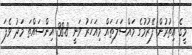
މީގެ އިތުރުން ފޭރުމުގެ މައްސަލަތައް މިއަހަރު ވަނީ 38.8 އިންސައްތަ މަދު ވެފަ